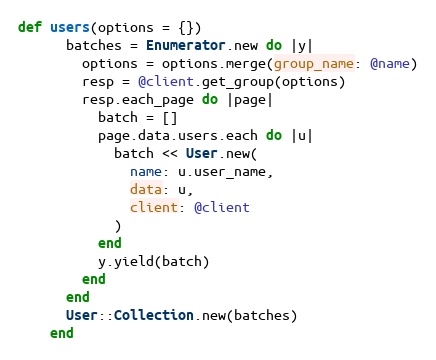
Language: Ruby
def users(options = {})
      batches = Enumerator.new do |y|
        options = options.merge(group_name: @name)
        resp = @client.get_group(options)
        resp.each_page do |page|
          batch = []
          page.data.users.each do |u|
            batch << User.new(
              name: u.user_name,
              data: u,
              client: @client
            )
          end
          y.yield(batch)
        end
      end
      User::Collection.new(batches)
    end